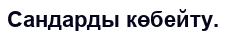
Сандарды көбейту.